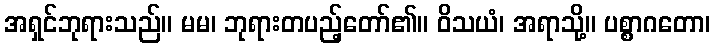
အရှင်ဘုရားသည်။ မမ၊ ဘုရားတပည့်တော်၏။ ဝိသယံ၊ အရာသို့။ ပစ္စာဂတော၊